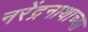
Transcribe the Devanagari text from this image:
नरेंद्रनाथाच्या